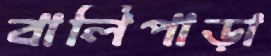
বালিপাড়া